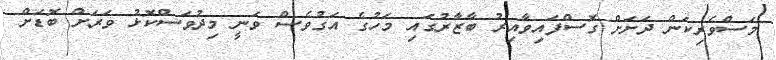
މަސްވެރިކަން ދަށަށް ގޮސްފައިވާއިރު ބާޒާރުގައި މަހުގެ އަގުވެސް ވަނީ މިދުވަސްކޮޅު ވަރަށް ބޮޑަށް